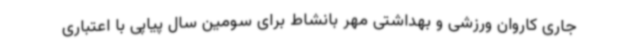
جاری کاروان ورزشی و بهداشتی مهر بانشاط برای سومین سال پیاپی با اعتباری